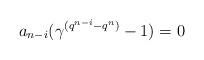
\begin{align*} a_{n-i}(\gamma^{(q^{n-i}-q^n)}-1)=0 \end{align*}